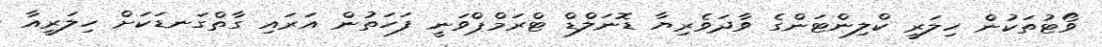
ވޯޓުތަކުން ހިލަރީ ކްލިންޓަންގެ ވާދަވެރިޔާ ޑޮނަލްޑް ޓްރަމްޕްވަނީ ފަހަތުން އަރައި ގާތްގަނޑަކަށް ހިލަރީއާ